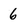
Character: 6